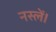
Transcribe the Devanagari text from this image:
नस्लें।